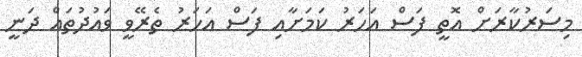
މިސަރުކާރަށް އޮތީ ފަސް އަހަރު ކަމަށާއި ފަސް އަހަރު ތެރޭވީ ވައުދުތައް ދަނީ